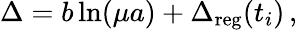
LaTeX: \Delta=b\ln(\mu a)+\Delta_{\mathrm{reg}}(t_{i})\, ,